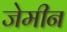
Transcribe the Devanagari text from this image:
जेमीन